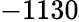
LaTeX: -1130